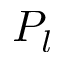
P _ { l }